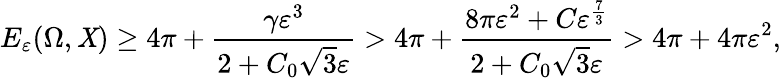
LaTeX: E_{\varepsilon}(\Omega,\mathit{X})\geq4\pi+\frac{{\gamma\varepsilon^{3}}}{{2+C_{0}\sqrt{{3}}{{\varepsilon}}}}>4\pi+\frac{{8\pi\varepsilon^{2}+C\varepsilon^{\frac{{7}}{{3}}}}}{{2+C_{0}\sqrt{{3}}{{\varepsilon}}}}>4\pi+4\pi\varepsilon^{2},